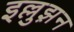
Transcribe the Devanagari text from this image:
इल्लुझ़न